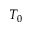
T _ { 0 }